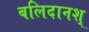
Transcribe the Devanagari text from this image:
बलिदानश्